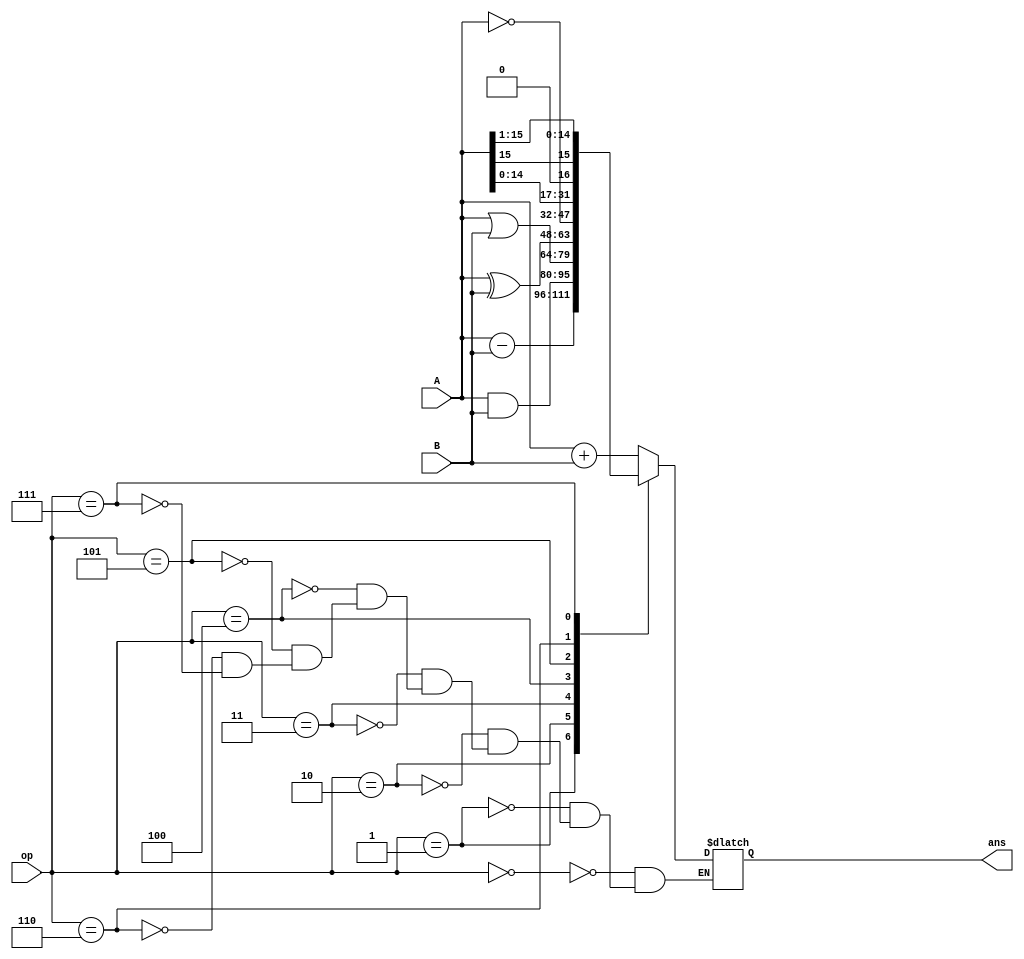
`timescale 1ns / 1ps

module ALU(
    input       [15:0] A,
    input       [15:0] B,
    input       [3:0] op,
    
    output reg [15:0] ans
);


/* Opcodes
   0: ADD
   1: SUB
   2: AND
   3: OR
   4: XOR
   5: NOT
   6: SLL/SLA
   7: SRA
*/

initial ans = 16'hzzzz;

always@(*) begin
    case(op)
        4'h0: ans = A+B;
        4'h1: ans = A-B;
        4'h2: ans = A&B;
        4'h3: ans = A|B;
        4'h4: ans = A^B;
        4'h5: ans = ~A;
        4'h6: ans = A << 1;
        4'h7: ans = $signed(A) >>> 1;
        default: ans = ans;
    endcase
end

endmodule